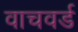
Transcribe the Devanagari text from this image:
वाचवर्ड